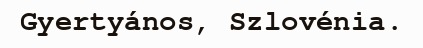
Gyertyános, Szlovénia.